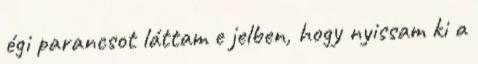
égi parancsot láttam e jelben, hogy nyissam ki a